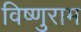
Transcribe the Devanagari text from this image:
विष्णुराम